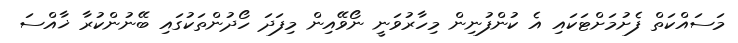
މަސައްކަތް ފެށުމަށްޓަކައި އެ ކުންފުނިން މިހާރުވަނީ ނޯވޭއިން މިފަދަ ހޯދުންތަކުގައި ބޭނުންކުރާ ޚާއްސަ